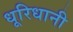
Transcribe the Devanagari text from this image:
धूरिधानी